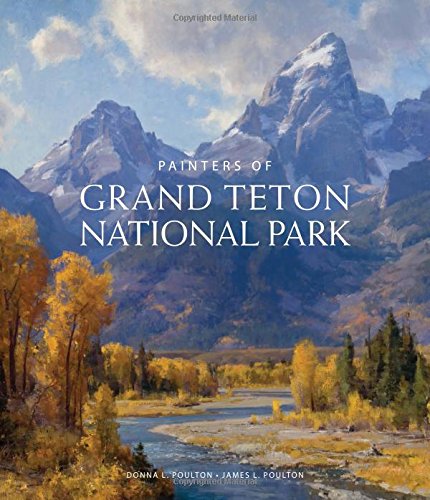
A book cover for Painters of Grand Tetons National Park; Donna L Poulton; Arts & Photography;